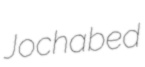
Jochabed